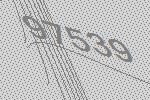
97539